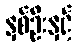
နှစ်ဦးနှင့်